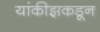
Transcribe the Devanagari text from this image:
यांकीझकडून